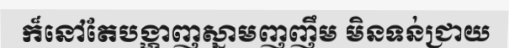
ក៏នៅតែបង្ហាញស្នាមញញឹម មិនទន់ជ្រាយ